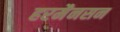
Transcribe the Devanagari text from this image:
हरमैनसन